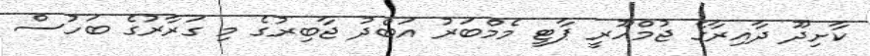
ކާށިދޫ ދާއިރާގެ ޖުމްހޫރީ ޕާޓީ މެމްބަރު އަބްދު ޖާބިރުގެ މި ގަރާރުގެ ބަހުސް